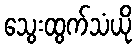
သွေးထွက်သံယို